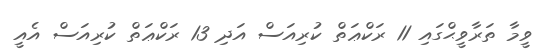
ވީމާ ތަރާވީޙްގައި 11 ރަކްޢަތް ކުރިއަސް އަދި 13 ރަކްޢަތް ކުރިއަސް އެއީ